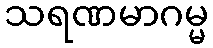
သရဏမာဂမ္မ